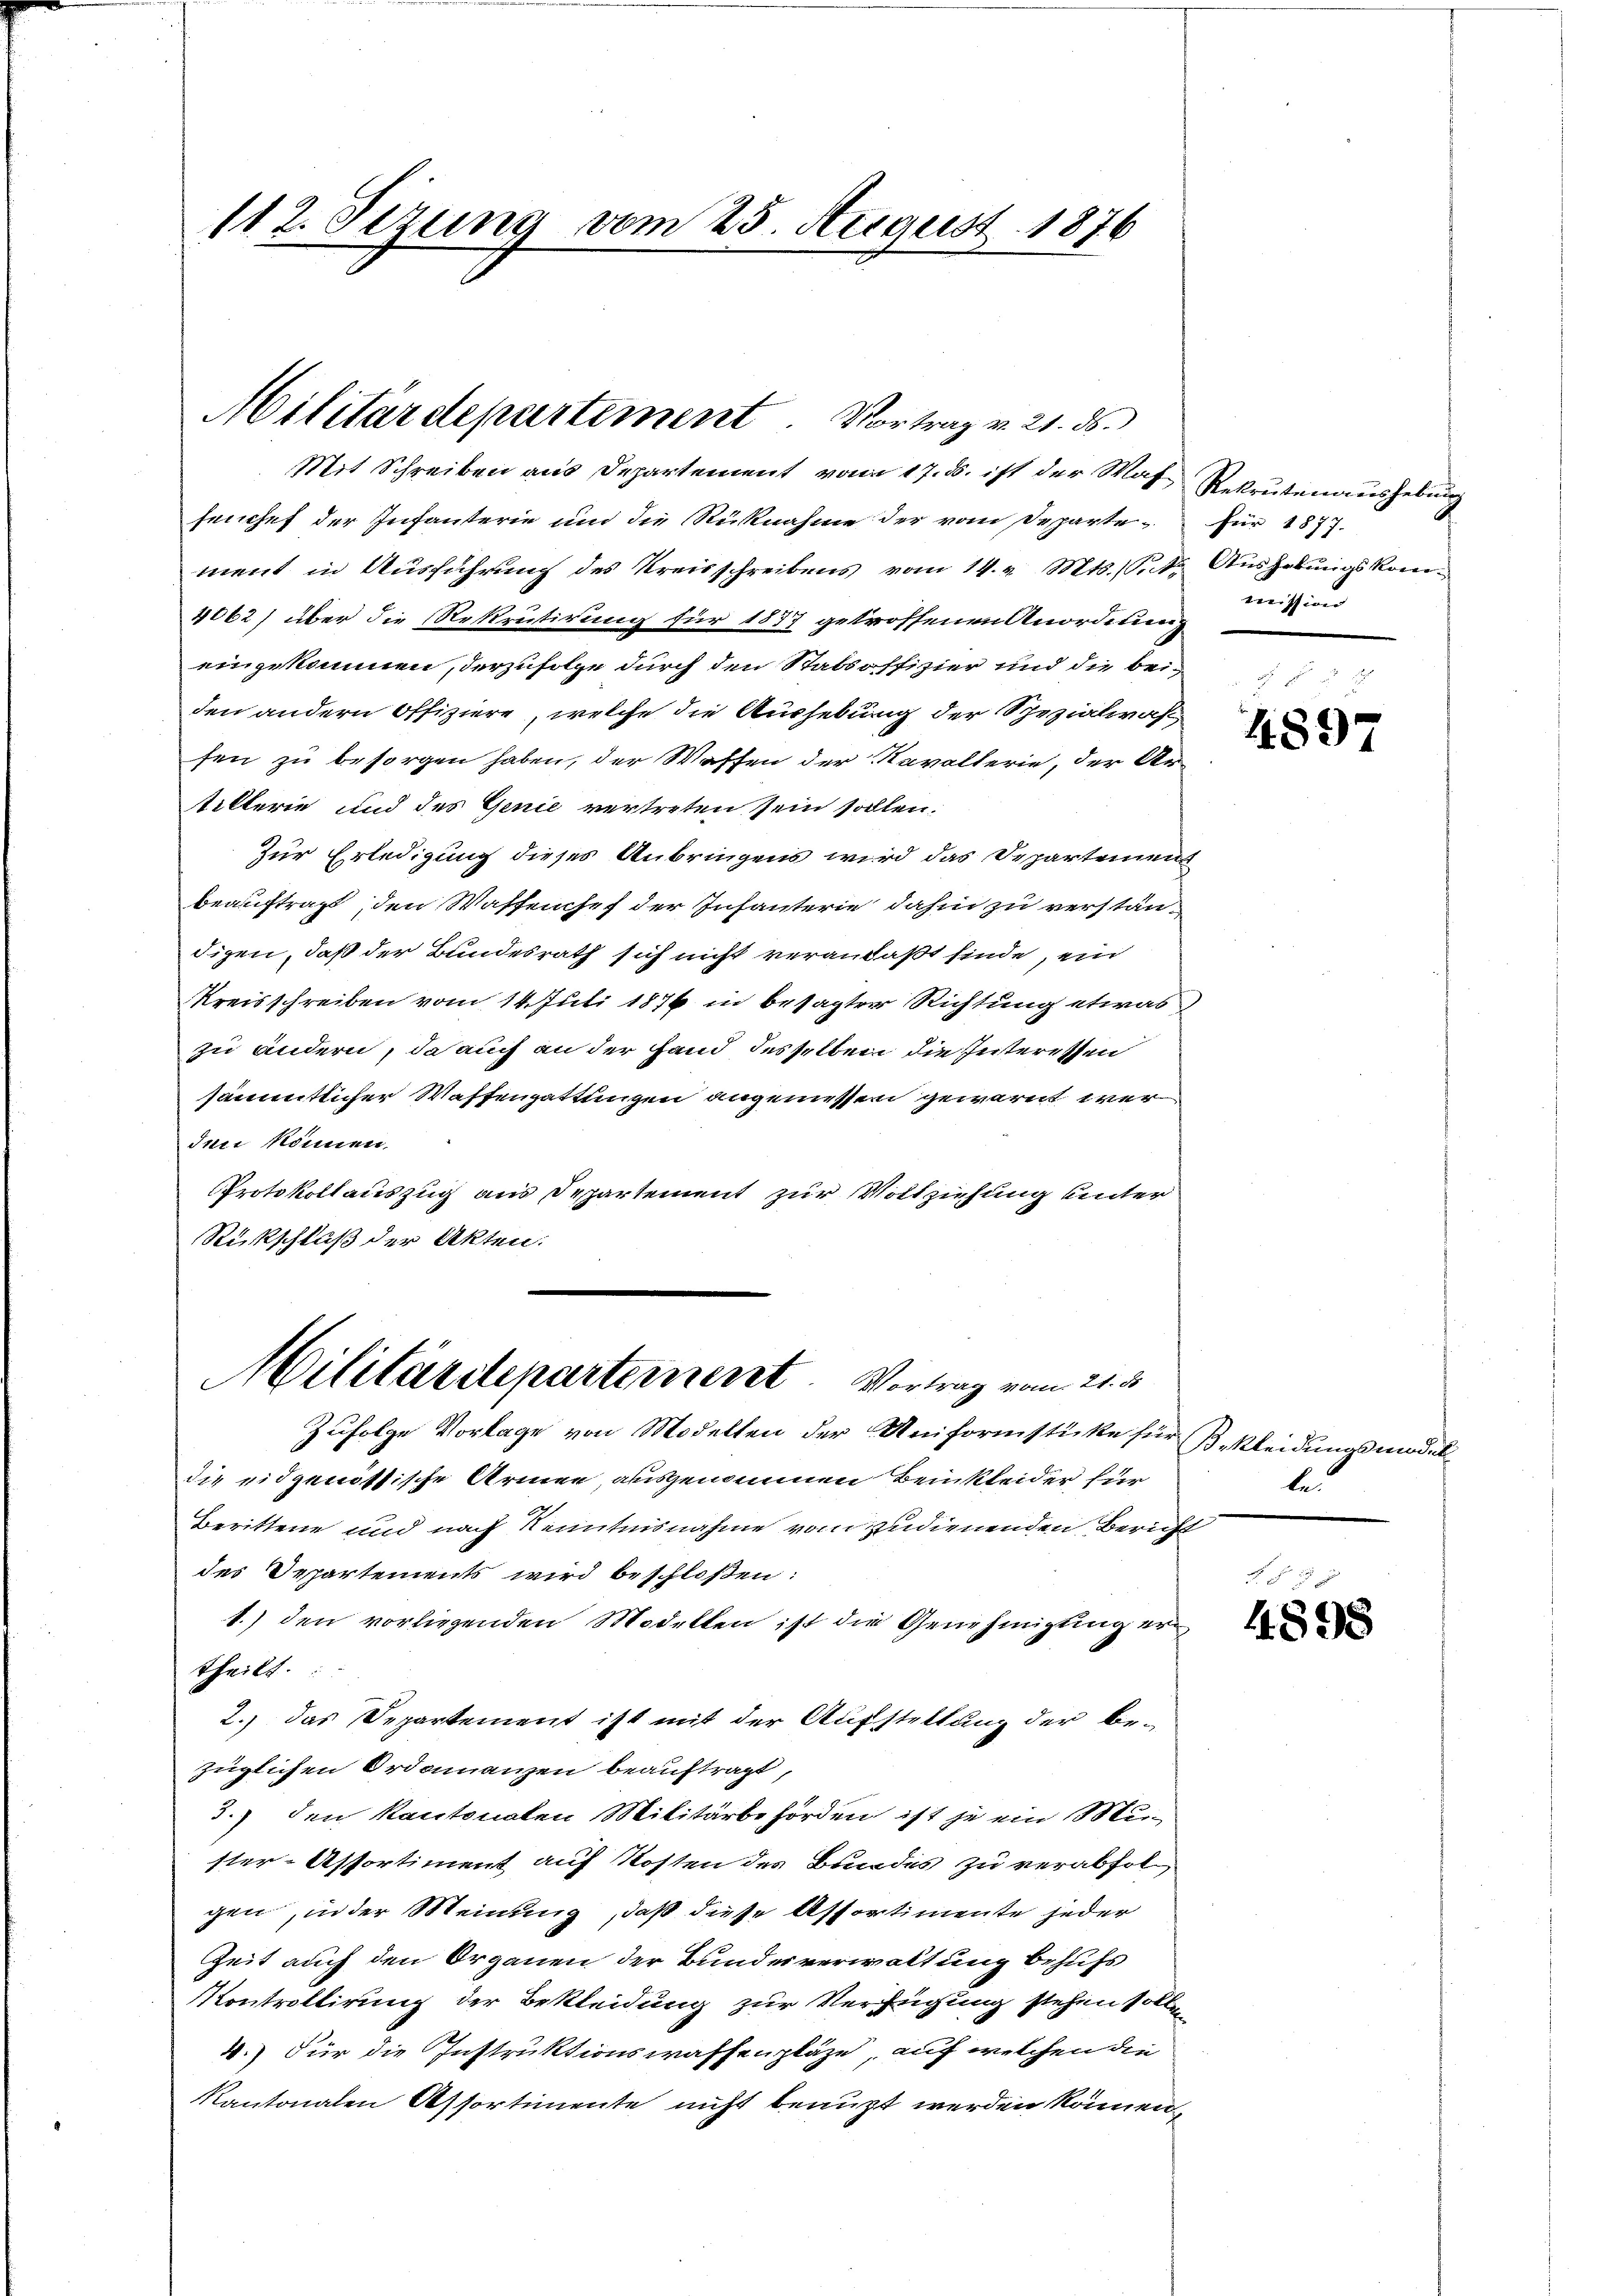
112. Seizung vom 25. August 1876

Militärdepartement. Vortrag v. 21. ds.

Mit Schreiben aus Departement vom 17. ds. ist der Was Rekrutenaushebung
seuches der Infanterie und die Rücknahme der vom Departe - für 1877.
ment in Ausführung des Kreisschreibens vom 14. v. Mts. 1t Aushebungskom¬
4062) über die Rekrutirung für 1837 getroffenen Anordnung
eingekommen, derzufolge durch den Stabsoffizier und die beiden andern offiziere, welche die Aushebung der Spezialwas
fen zu besorgen haben, der Waffen der Navolterie, der Artilterie und des Genie vertreten sein sollen.
Zur Erledigung dieses Anbringens wird das Departement
beauftragt, den Waffenhef der Infanterie dahin zu verständigen, daß der Bundesrath sich nicht veranlaßt finde, ein
Kreisschreiben vom 14. Juli 1876 in besagter Richtung etwas
zu andern, da auch an der Hand desselben die Zeiteressen
sämmtlicher Waffengattungen angemessen gewarnt wer
den können.
Protokollauszug aus Departement zur Vollziehung unter
Rückschluß der Akten.
Militärdepartement. Vortrag vom 21. d.
Zufolge Vorlage von Modellen der Uniformstücke für Bekleidungsmodeldie eidgenössische Armen ausgenommen Beinkleider für
berittene und nach Kenntnisnahme vom zudienenden Bericht
des Departements wird beschloßen:
1.) den vorliegenden Modellen ist die Genehmigung ertheilt.
2.) das Departement ist mit der Aufstellung der bezüglichen Ordonanzen beauftragt,
3.) den Kantonalen Militärbehörden ist je ein Muster-Assortiment auf Kosten des Bundes zu verabfolgen, in der Meinung, daß diese Assortimente jeder
Zeit auch den Organen der Bunderverwaltung behufs
Kontrollirung der Bekleidung zur Verfügung stehen solle
4.) Für die Instruktionswaffenplaze, auf welchen die
Kantonalen Assortimente nicht beauft werden können.

mission

4897

le

R. § 28
4898